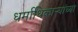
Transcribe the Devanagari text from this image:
धर्माधिकाऱ्यांच्या